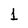
Character: 1